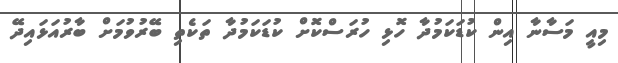
މިއީ މަސާނާ އިން ކުޑަކަމުދާ ހޮޅި ހުރަސްކޮށް ކުޑަކަމުދާ ތަކެތި ބޭރުވުމަށް ބާރުއަޅައިދޭ